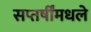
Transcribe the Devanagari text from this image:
सप्तर्षींमधले